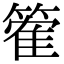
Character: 篧